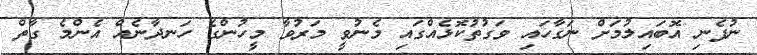
ނުފެނި އޮބައިލުމަށް ނަގާހައި ވަގުތުކޮޅެއްގައި މެނުވީ މަރުވާ މީހުންގެ ހަނދާނެއް އެންމެ ގާތް